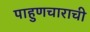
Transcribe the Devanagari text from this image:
पाहुणचाराची